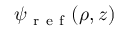
\psi _ { \mathrm { ~ r ~ e ~ f ~ } } ( \rho , z )